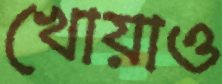
খোয়াও